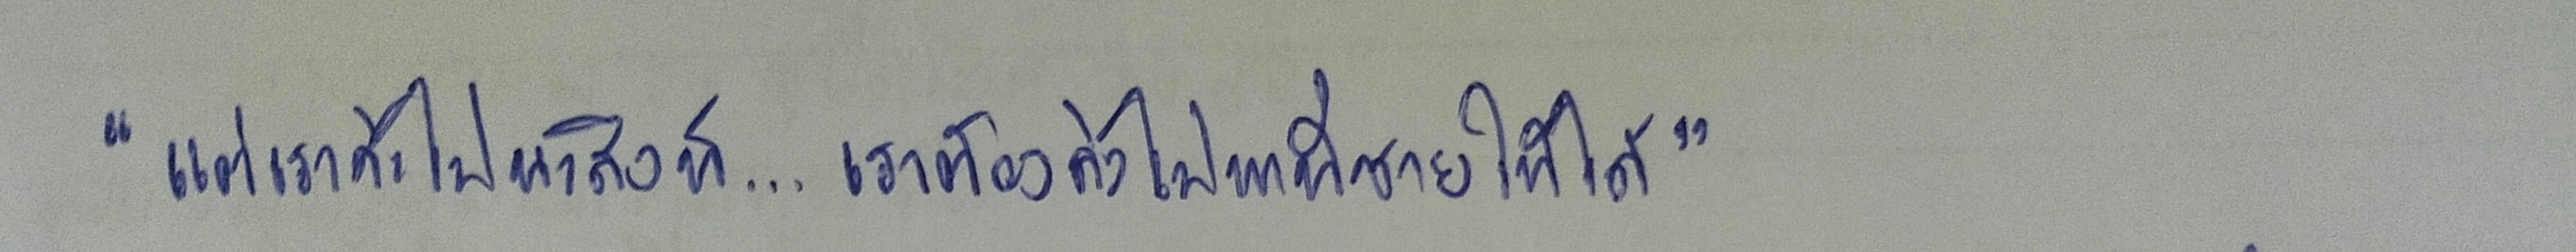
"แต่เราจะไปนะสิงห์...เราต้องลงไปหาพี่ชายให้ได้"